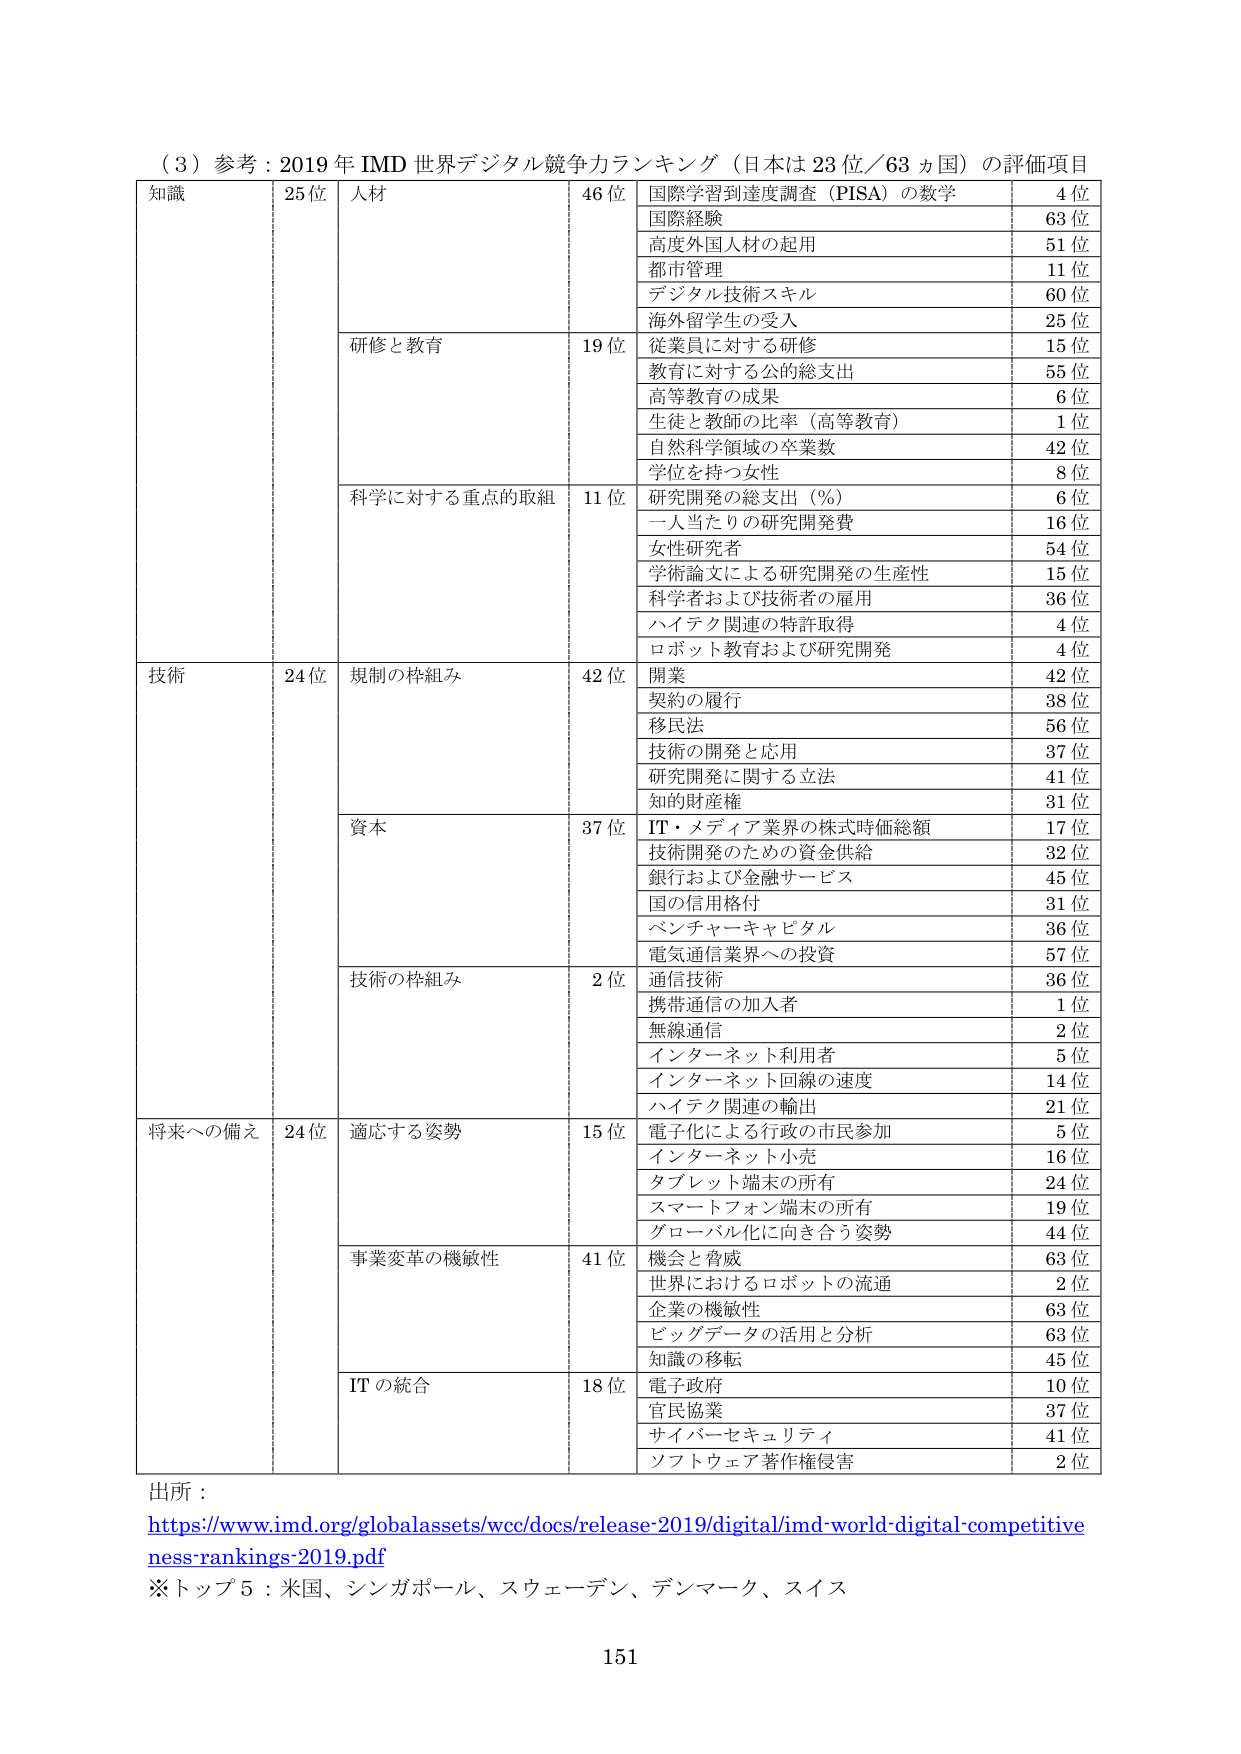
（３）参考：2019年 IMD 世界デジタル競争力ランキング（日本は23位／63ヵ国）の評価項目

知識 25位
人材 46位
国際学習到達度調査（PISA）の数学 4位
国際経験 63位
高度外国人材の起用 51位
都市管理 11位
デジタル技術スキル 60位
海外留学生の受入 25位
研修と教育 19位
従業員に対する研修 15位
教育に対する公的総支出 55位
高等教育の成果 6位
生徒と教師の比率（高等教育） 1位
自然科学領域の卒業数 42位
学位を持つ女性 8位
科学に対する重点的取組 11位
研究開発の総支出（％） 6位
一人当たりの研究開発費 16位
女性研究者 54位
学術論文による研究開発の生産性 15位
科学者および技術者の雇用 36位
ハイテク関連の特許取得 4位
ロボット教育および研究開発 4位

技術 24位
規制の枠組み 42位
開業 42位
契約の履行 38位
移民法 56位
技術の開発と応用 37位
研究開発に関する立法 41位
知的財産権 31位
資本 37位
IT・メディア業界の株式時価総額 17位
技術開発のための資金供給 32位
銀行および金融サービス 45位
国の信用格付 31位
ベンチャーキャピタル 36位
電気通信業界への投資 57位
技術の枠組み 2位
通信技術 36位
携帯通信の加入者 1位
無線通信 2位
インターネット利用者 5位
インターネット回線の速度 14位
ハイテク関連の輸出 21位

将来への備え 24位
適応する姿勢 15位
電子化による行政の市民参加 5位
インターネット小売 16位
タブレット端末の所有 24位
スマートフォン端末の所有 19位
グローバル化に向き合う姿勢 44位
事業変革の機敏性 41位
機会と脅威 63位
世界におけるロボットの流通 2位
企業の機敏性 63位
ビッグデータの活用と分析 63位
知識の移転 45位
ITの統合 18位
電子政府 10位
官民協業 37位
サイバーセキュリティ 41位
ソフトウェア著作権侵害 2位

出所：
https://www.imd.org/globalassets/wcc/docs/release-2019/digital/imd-world-digital-competitiveness-rankings-2019.pdf

※トップ5：米国、シンガポール、スウェーデン、デンマーク、スイス

151